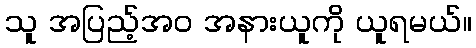
သူ အပြည့်အဝ အနားယူကို ယူရမယ်။